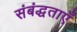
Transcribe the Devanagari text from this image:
संबंद्धताएँ